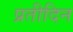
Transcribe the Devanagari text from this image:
प्रतीदिन